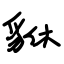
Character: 貅